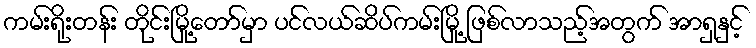
ကမ်းရိုးတန်း တိုင်းမြို့တော်မှာ ပင်လယ်ဆိပ်ကမ်းမြို့ ဖြစ်လာသည့်အတွက် အာရှနှင့်